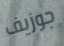
جوزيف